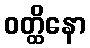
ဝတ္ထိနော